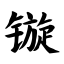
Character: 镟